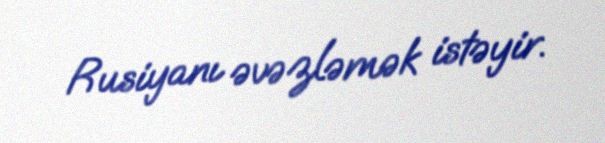
Rusiyanı əvəzləmək istəyir.